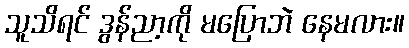
သူသိရင် ဒွန်ညာ့ကို မပြောဘဲ နေမလား။